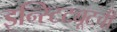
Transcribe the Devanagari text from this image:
इन्स्टिट्यूटची